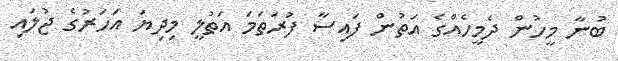
ބުނާ މީހުން ދެމީހެއްގެ އަތުން ފައިސާ ފުރަތަމަ އަތުލީ މިދިޔަ އަހަރުގެ ޖުލައި